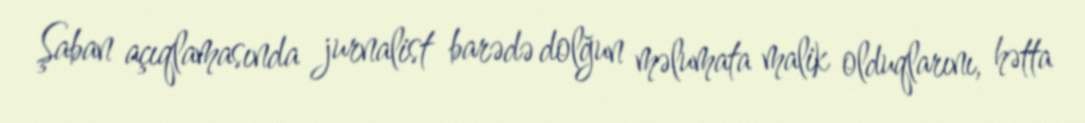
Şaban açıqlamasında jurnalist barədə dolğun məlumata malik olduqlarını, hətta